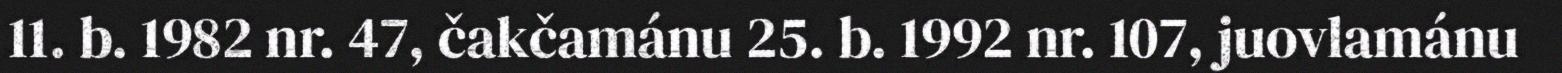
11. b. 1982 nr. 47, čakčamánu 25. b. 1992 nr. 107, juovlamánu